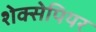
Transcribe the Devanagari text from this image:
शेक्सेपियर